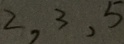
2 , 3 , 5